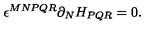
\epsilon ^ { M N P Q R } \partial _ { N } H _ { P Q R } = 0 .